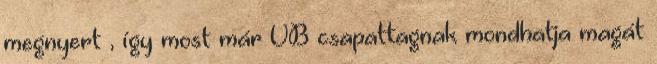
megnyert , így most már VB csapattagnak mondhatja magát